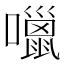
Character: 𡂏